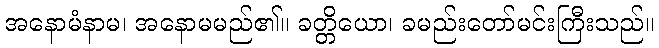
အနောမံနာမ၊ အနောမမည်၏။ ခတ္တိယော၊ ခမည်းတော်မင်းကြီးသည်။